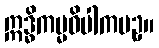
ဣဒ္ဓိကမ္မဝိပါကပဥှ။